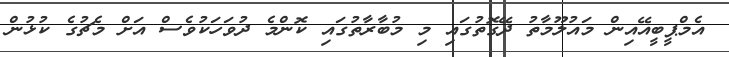
އެމްޕީބީއޭއިން މައުލޫމާތު ދޭގޮތުގައި މި މުބާރާތުގައި ކޮންމެ ދުވަހަކުވެސް އަށް މެޗުގެ ކުޅުން